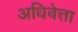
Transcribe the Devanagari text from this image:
अधिवेत्ता